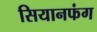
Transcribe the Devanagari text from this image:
सियानफंग